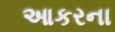
આકરના